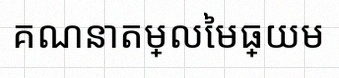
គណនាតម្លៃមធ្យម